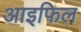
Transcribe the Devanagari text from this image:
आइफिल